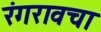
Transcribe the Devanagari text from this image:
रंगरावचा